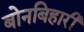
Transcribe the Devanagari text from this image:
बोनबिहारी